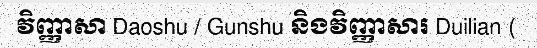
វិញ្ញាសា Daoshu / Gunshu និងវិញ្ញាសារ Duilian (